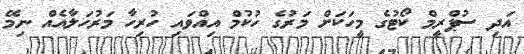
އަދި ސުޕްރީމް ކޯޓުގެ މީހަކަށް މަރުގެ ހުކުމް އިއްވައި ހުރިހާ މަރުހަލާއެއް ނިމޭ